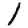
Digit: 1